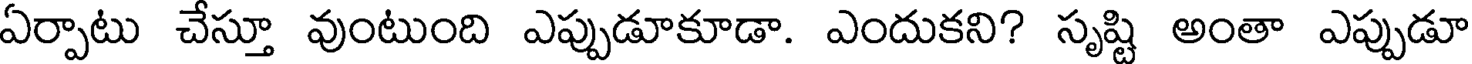
ఏర్పాటు చేస్తూ వుంటుంది ఎప్పుడూకూడా. ఎందుకని? సృష్టి అంతా ఎప్పుడూ